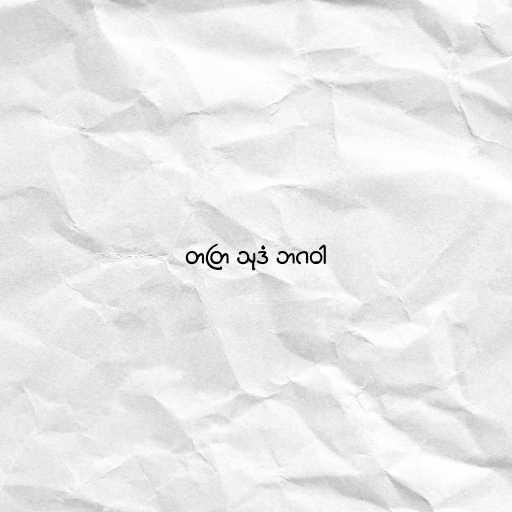
တတြ သုဒံ ဘဂဝါ